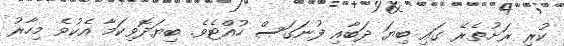
ކުރި ރަށުތެރޭ ގައި ބިޔަ ދަބާއި ފުނަގަސް ހުއްޓެވެ. ބިޔަދޮވިކަމާ އެކުވެ މިހާރު